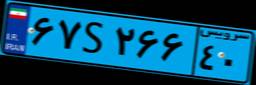
۶۷S۲۶۶۴۰